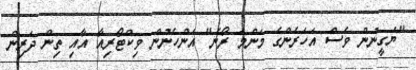
"ޔަގީނުން ވެސް އަހަރެންގެ މަންމަ ރޯނެ" އަންހެނުން ވިކްޓޯރިއާ އާއި ތިން ދަރިން